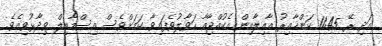
އަދި ރޭ 11:45 ކަންހާއިރު އާއިލާއިން އެކުއްޖާއާ ހަވާލުވެފައިވާ ކަމަށްވެސް އިސްމާއިލް ވިދާޅުވިއެވެ.